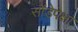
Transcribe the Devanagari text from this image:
सोंडेपेक्षा